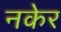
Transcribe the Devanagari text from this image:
नकेर